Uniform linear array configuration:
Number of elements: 48
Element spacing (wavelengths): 0.5
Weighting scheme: uniform
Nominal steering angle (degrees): -60
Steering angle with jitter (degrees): -60.367
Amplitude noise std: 0.05
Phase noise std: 0.05

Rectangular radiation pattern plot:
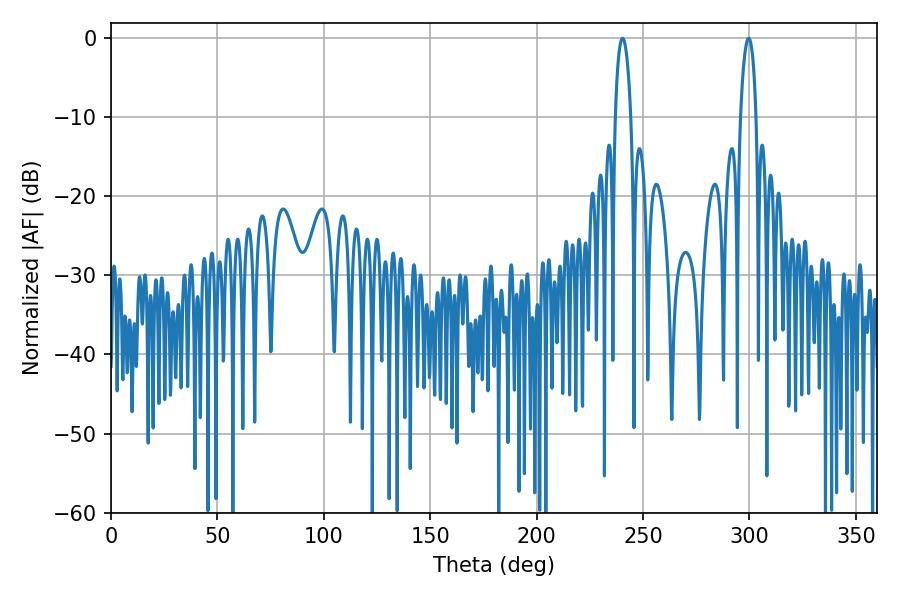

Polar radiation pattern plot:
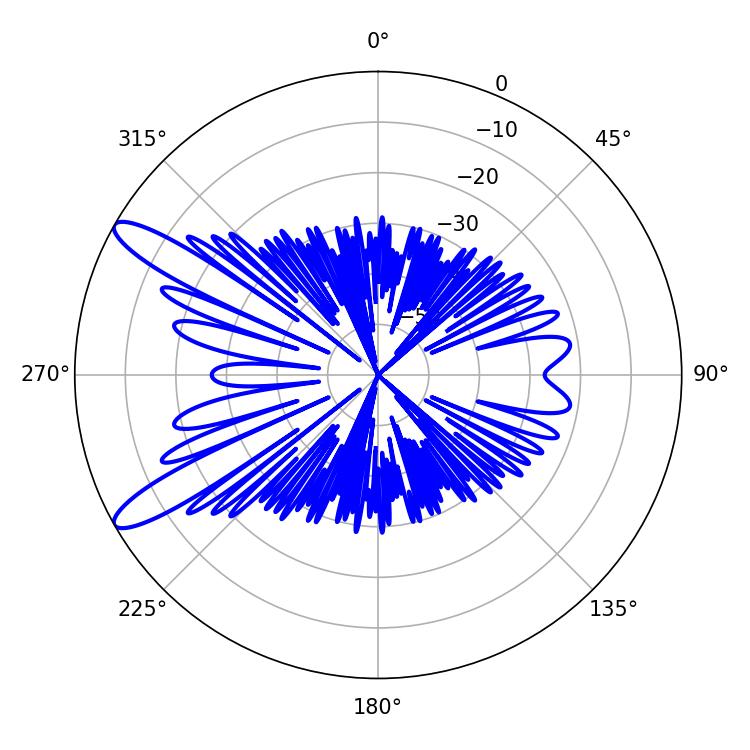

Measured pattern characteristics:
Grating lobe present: FALSE
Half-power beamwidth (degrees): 4.14
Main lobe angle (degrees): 240.3